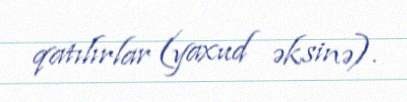
qatılırlar (yaxud əksinə).